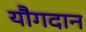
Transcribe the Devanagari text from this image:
यौगदान